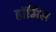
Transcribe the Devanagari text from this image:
हॉर्मिस